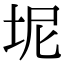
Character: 坭